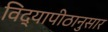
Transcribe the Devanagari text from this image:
विद्यापीठानुसार